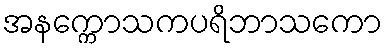
အနက္ကောသကပရိဘာသကော